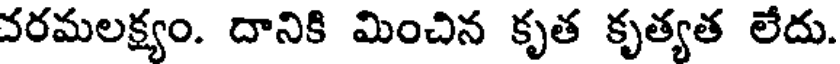
వరమలక్ష్యం. దానికి మించిన కృత కృత్యత లేదు.